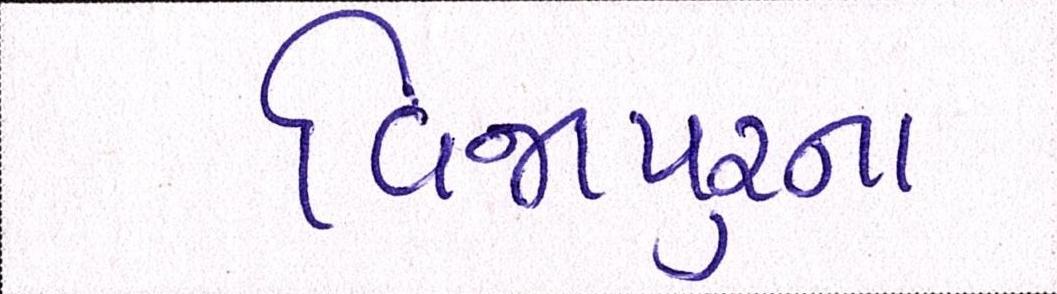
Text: વિજાપુરના